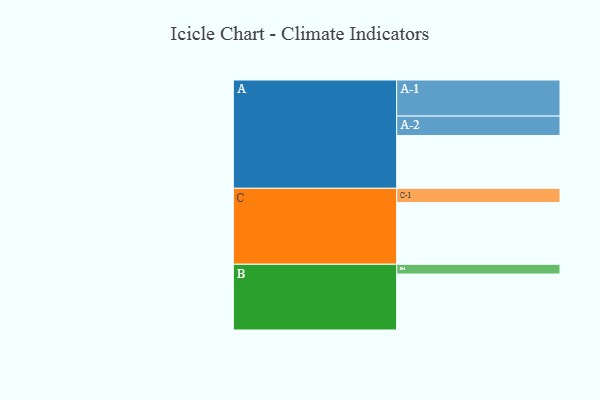
{"axis": {"x": "Segment", "y": "Value"}, "legend": ["", "A", "B", "C"], "data": [{"x": "A", "y": 417, "type": ""}, {"x": "B", "y": 442, "type": ""}, {"x": "C", "y": 488, "type": ""}, {"x": "A-1", "y": 285, "type": "A"}, {"x": "A-2", "y": 153, "type": "A"}, {"x": "B-1", "y": 77, "type": "B"}, {"x": "C-1", "y": 112, "type": "C"}]}